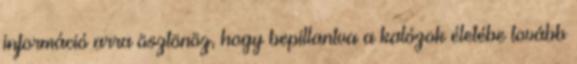
információ arra ösztönöz, hogy bepillantva a kalózok életébe tovább